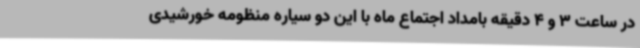
در ساعت 3 و 4 دقیقه بامداد اجتماع ماه با این دو سیاره منظومه خورشیدی